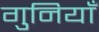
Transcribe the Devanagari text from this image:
गुनियाँ